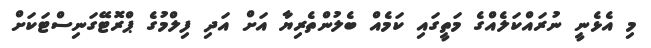
މި އެޅެނީ ނުރައްކަލެއްގެ މަތީގައި ކަމެއް ބެލުންތެރިޔާ އަށް އަދި ފިލްމުގެ ޕްރޮޓޭގަނިސްޓަކަށް